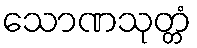
သောဏသုတ္တံ